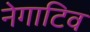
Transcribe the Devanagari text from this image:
नेगाटिव